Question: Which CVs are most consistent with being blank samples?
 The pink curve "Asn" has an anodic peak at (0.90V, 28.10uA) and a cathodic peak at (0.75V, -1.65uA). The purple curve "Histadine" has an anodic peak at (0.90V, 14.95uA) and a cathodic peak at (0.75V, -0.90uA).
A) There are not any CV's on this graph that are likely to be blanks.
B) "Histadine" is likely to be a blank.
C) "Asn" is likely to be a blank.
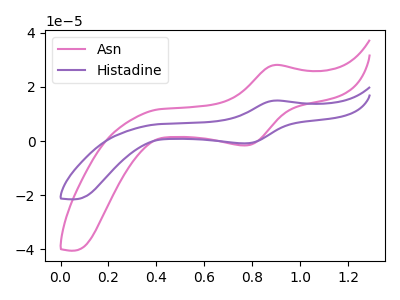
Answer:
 <answer>A) There are not any CV's on this graph that are likely to be blanks.</answer>
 <eval>A</eval>